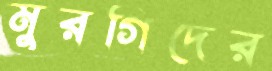
মুরগিদের